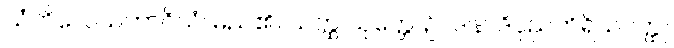
သံကိလေသဘာဂိယံ၊ မည်၏။ ယတ္ထ သုတ္တေ၊ ၌။ ဒါနာဒိပုညကိရိယဝတ္ထု၊